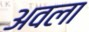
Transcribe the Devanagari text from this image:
अवला